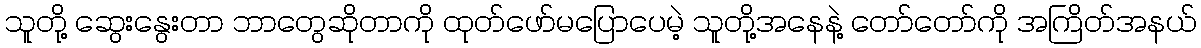
သူတို့ ဆွေးနွေးတာ ဘာတွေဆိုတာကို ထုတ်ဖော်မပြောပေမဲ့ သူတို့အနေနဲ့ တော်တော်ကို အကြိတ်အနယ်